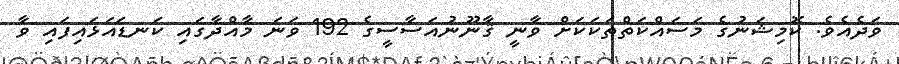
ވަދެއެވެ. ކޮމިޝަނުގެ މަސައްކަތްތަކަކަށް ވާނީ ޤާނޫނުއަސާސީގެ 192 ވަނަ މާއްދާގައި ކަނޑައަޅައިފައި ވާ